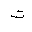
Letter: _ta